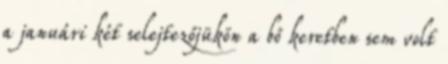
a januári két selejtezőjükön a bő keretben sem volt